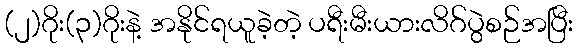
(၂)ဂိုး(၃)ဂိုးနဲ့ အနိုင်ရယူခဲ့တဲ့ ပရီးမီးယားလိဂ်ပွဲစဉ်အပြီး